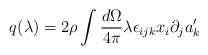
\begin{align*}q(\lambda) = 2\rho \int \frac{d \Omega}{4 \pi} \lambda \epsilon_{ijk} x_i \partial_j a'_k\end{align*}